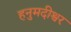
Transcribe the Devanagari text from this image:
हनुमदीश्वर